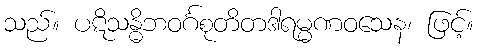
သည်။ ပဋိသန္ဓိဘဝင်္ဂစုတိတဒါရမ္မဏဝသေန၊ ဖြင့်။